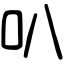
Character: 叭